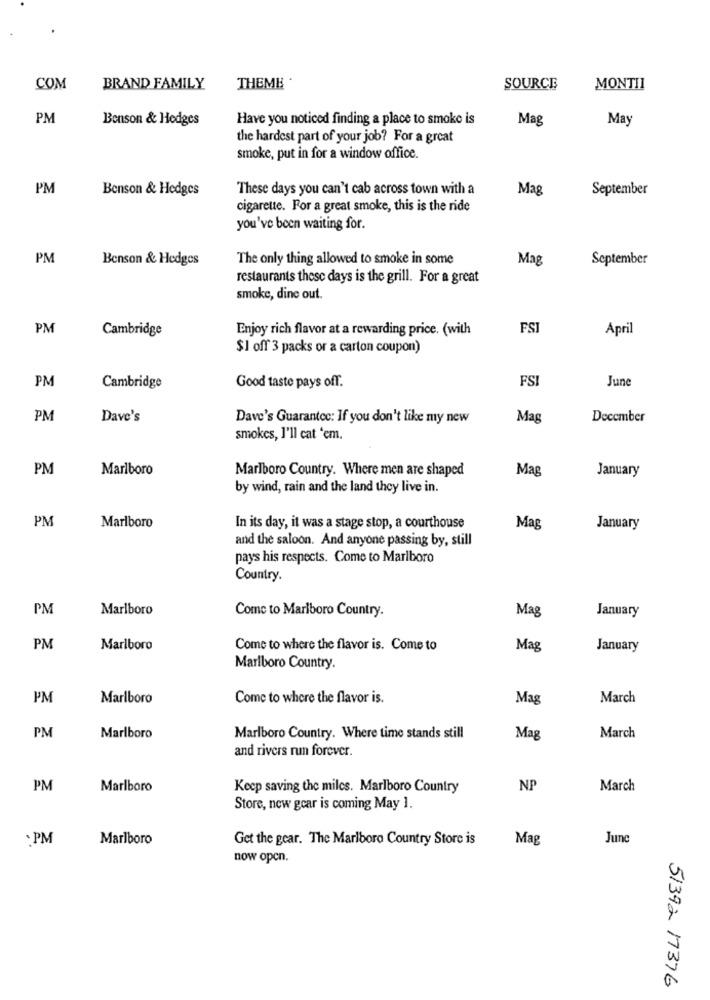
COM
BRAND FAMILY
THEME .
SOURCE
MONTII
PM
Benson & Hodges
Have you noticed finding a place to smoke is
Mag
May
the hardest part of your job? For a great
smoke, put in for a window office.
PM
Benson & Hedges
These days you can't cab across town with a
Mag
September
cigarette. For a great smoke, this is the ride
you've been waiting for.
PM
Benson & Hedges
The only thing allowed to smoke in some
Mag
September
restaurants these days is the grill. For a great
smoke, dine out.
PM
Cambridge
Enjoy rich flavor at a rewarding price. (with
FSI
April
$1 off 3 packs or a carton coupon)
PM
FSI
Cambridge
Good taste pays off.
June
PM
Dave's
Dave's Guarantee: If you don't like my new
Mag
December
smokes, I'll cat 'em.
PM
Marlboro
Marlboro Country. Where men are shaped
Mag
January
by wind, rain and the land they live in.
PM
Marlboro
In its day, it was a stage stop, a courthouse
Mag
January
and the saloon. And anyone passing by, still
pays his respects. Come to Marlboro
Country.
PM
Marlboro
Come to Marlboro Country.
Mag
January
PM
Marlboro
Come to where the flavor is. Come to
Mag
January
Marlboro Country.
PM
Marlboro
Come to where the flavor is.
Mag
March
PM
Marlboro
Marlboro Country. Where time stands still
Mag
March
and rivers run forever.
PM
Marlboro
Keep saving the miles. Marlboro Country
NP
March
Store, new gear is coming May 1.
: PM
Marlboro
Get the gear. The Marlboro Country Store is
Mag
June
now open.
51392 17376